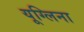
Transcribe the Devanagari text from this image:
यूग्लिना